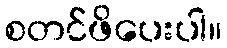
စတင်ဖိပေးပါ။